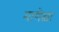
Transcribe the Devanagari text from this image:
माणेक्षा